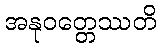
အနုဝတ္တေဿတိ